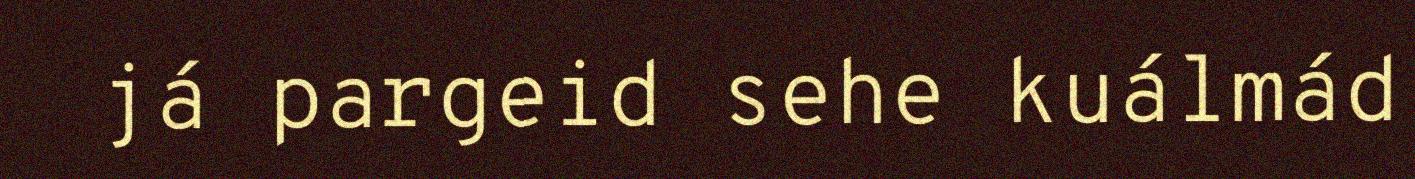
já pargeid sehe kuálmád